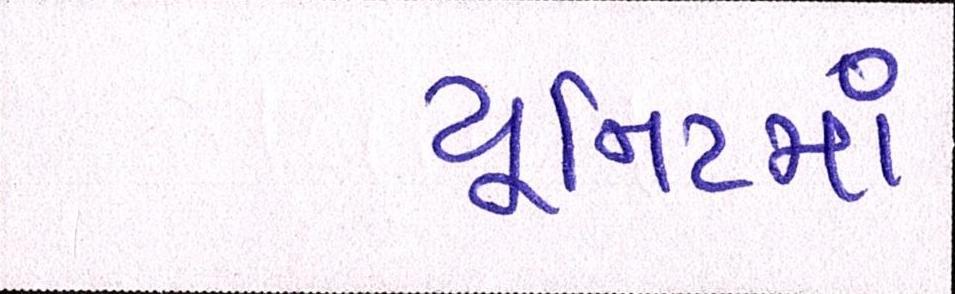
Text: યૂનિટમાં